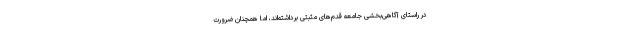
در راستای آگاهی‌بخشی جامعه قدم‌های مثبتی برداشته‌اند، اما همچنان ضرورت